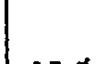
.